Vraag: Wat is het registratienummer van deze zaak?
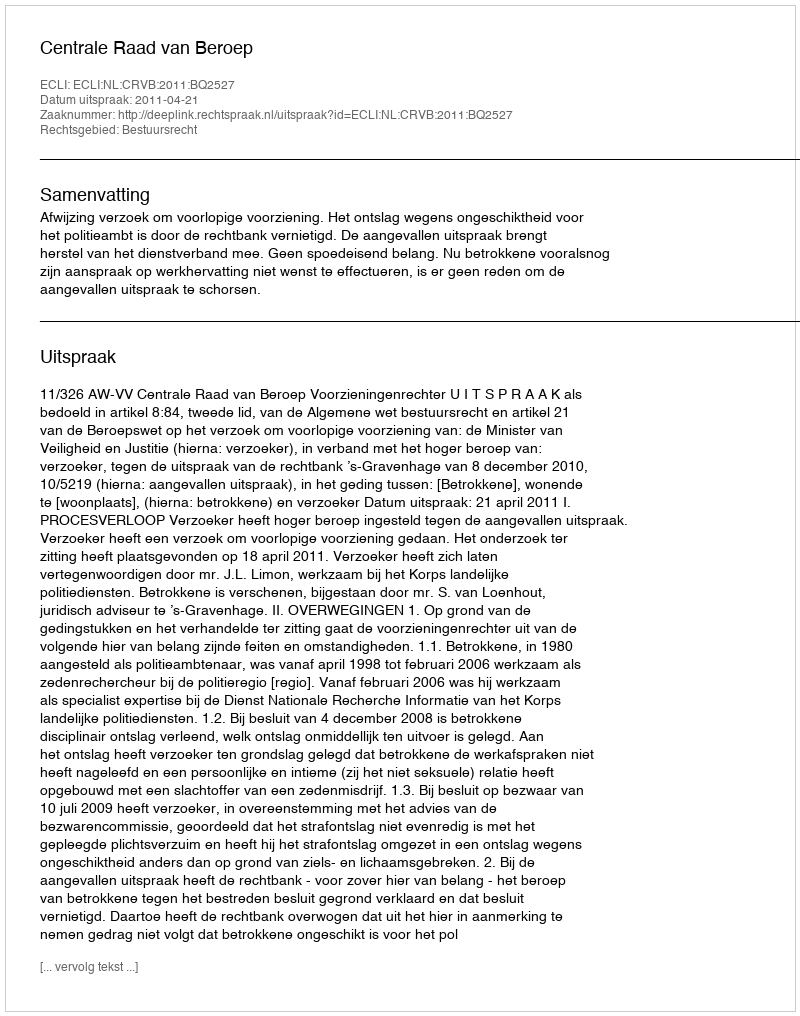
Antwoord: http://deeplink.rechtspraak.nl/uitspraak?id=ECLI:NL:CRVB:2011:BQ2527